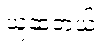
ယူဆတယ်